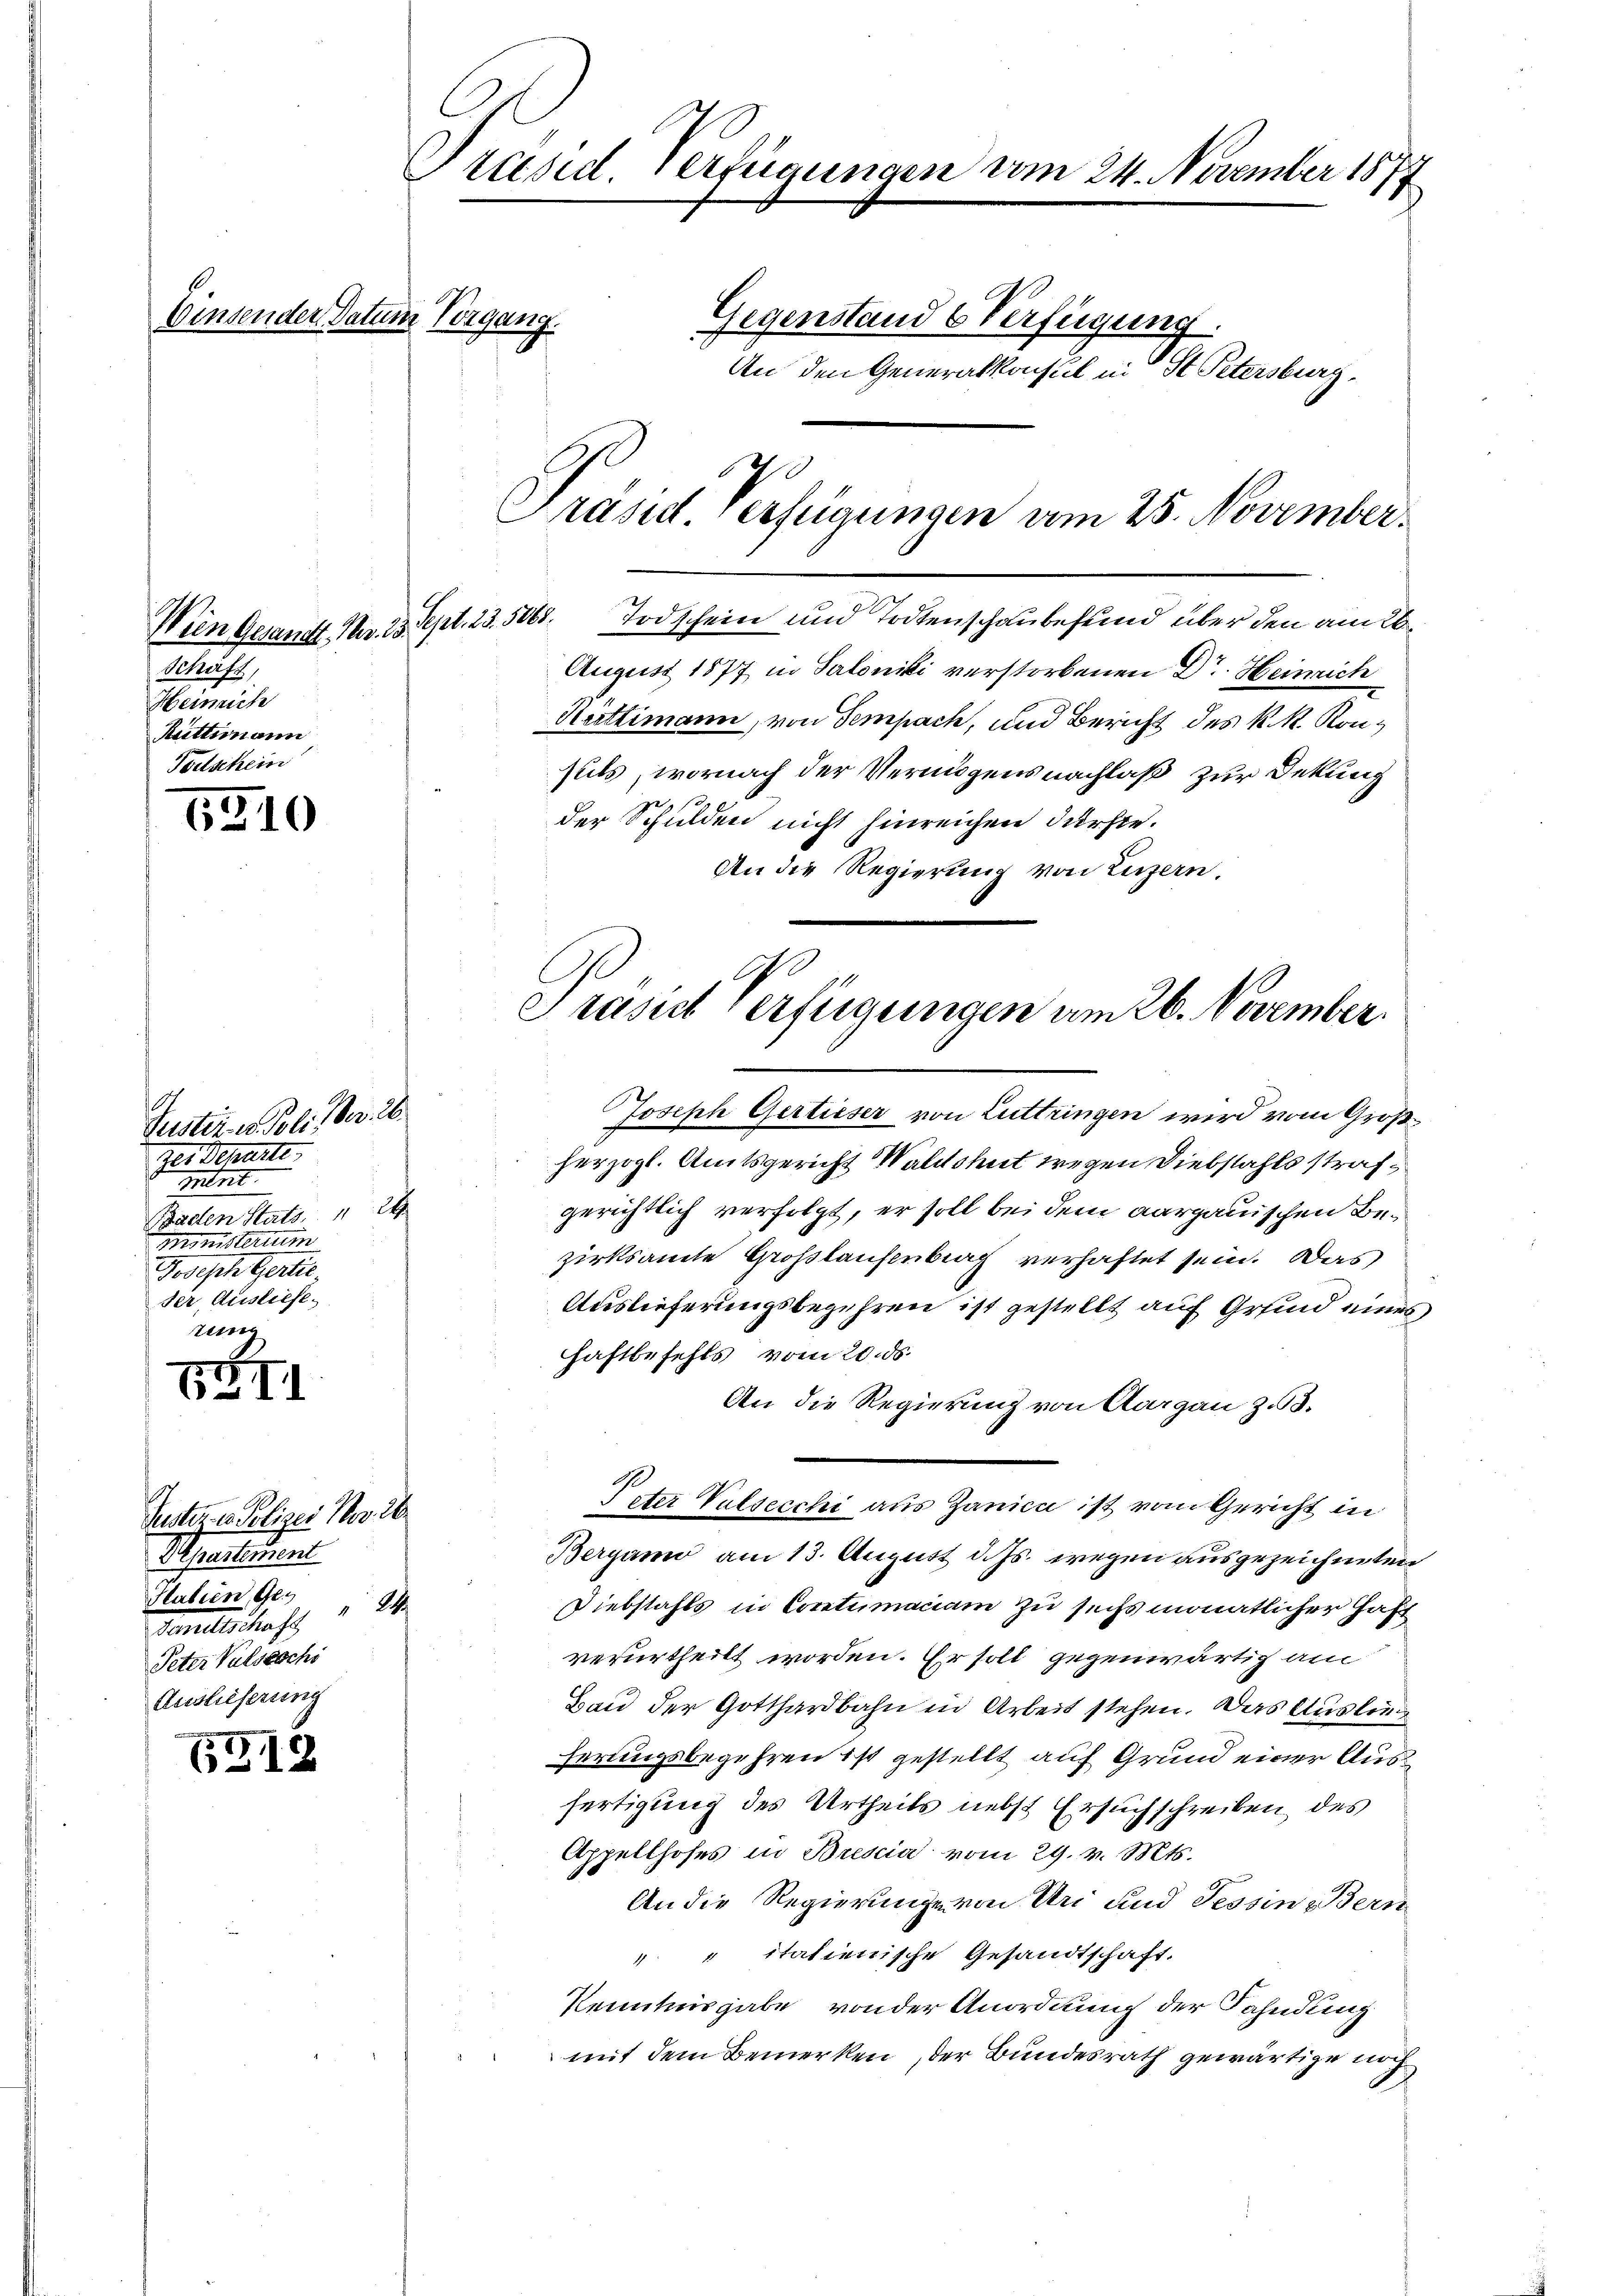
A.

Schaft,
Heinrich
Rüttimann
f

5310

Justiz in Poli der 26.
Der Schaute,
Mtt.
Baden Stats " 24
mmsterium
Joseph Gertie.
ser, Ausliefe.
rung

1 II

Justiz in Polizei Nov. 26.
Separtement
Patien, Ges
24
Ganellschaf
Peter Valseschi
Auslieferung

e
(912

Präsid. Verfügungen vom 24. November 1874
binsender Datum Vorgang.
Gegenstand 6 Verfügung.
An den Generalkonsul in St. Petersburg,
4
Präsid. Verfügungen vom 25. November.

Wien Gesamtt. Nr. 23. Sept. 23. 506. Todschein und Todtenschaubefund über den am 26.
August 1877 in Saloniki verstorbenen Dr. Heinrich
Reittimann, von Sempach, und Bericht des k. k. Konseits, wornach der Vermögensnachlaß zur Dekung
der Schulden nicht hinreichen dürfte.
An die Regierung von Luzern.

Präsid Verfügungen am 26. November.

Joseph Gertieser von Luttringen wird vom Großherzogl. Amtsgericht Waldshut wegen Diebstahls strafgerichtlich verfolgt, er soll bei dem aargauischen Bezirksamte Grosslaufenberg verhaftet sein. Das
Auslieferungsbegehren ist gestellt auf Grund eines
Haftbefehls vom 20. ds.
An die Regierung von Aargau z.63.
Pater Valsecchi aus Zanica ist vom Gericht in
Bergamo am 13. August d. Js. wegen ausgezeichneten
Diebstahls in Contumaciam zu sechs monatlicher Haft
verurtheilt worden. Er soll gegenwärtig am
Bau der Gotthardbahn in Arbeit stehen. Das Auslieherungsbegehren ist gestellt auf Grund einer Ausfertigung des Urtheils nebst Ersuchschreiben, des
Appellhofes in Brescia vom 29. v. Mts.
An die Regierunge von Uri und Tessin Bern
" " italienische Gesandtschaft.
Kenntnisgabe von der Anordnung der Fahndung
mit dem Bemerken, der Bundesrath gewärtige noch